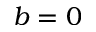
b = 0